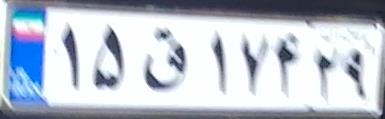
۱۵ق۱۷۴۲۹